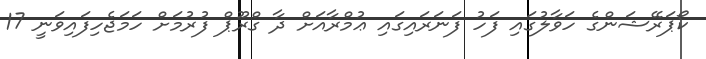
ކޯޕަރޭޝަންގެ ހަވާލުގައި ފަހު ފަނަރައިގައި ޢުމްރާއަށް ދާ ގްރޫޕް ފުރުމަށް ހަމަޖެހިފައިވަނީ 17